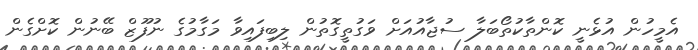
އެމީހުން އުޅެނީ ކޮންތާކުތޯބަލާ ސުޖާއުއަށް ވަގުތީގޮތުން ލިބިފައިވާ މަގާމުގެ ނުފޫޒް ބޭނުން ކޮށްގެން